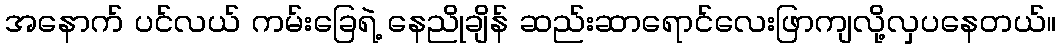
အနောက် ပင်လယ် ကမ်းခြေရဲ့ နေညိုချိန် ဆည်းဆာရောင်လေးဖြာကျလို့လှပနေတယ်။